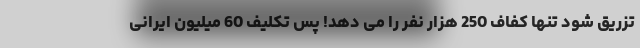
تزریق شود تنها کفاف 250 هزار نفر را می دهد! پس تکلیف 60 میلیون ایرانی